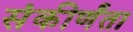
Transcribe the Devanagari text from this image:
संकीर्णंता